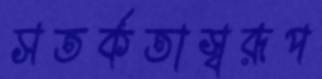
সতর্কতাস্বরূপ